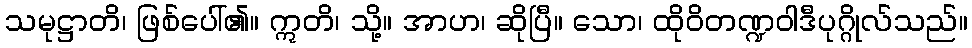
သမုဋ္ဌာတိ၊ ဖြစ်ပေါ်၏။ ဣတိ၊ သို့။ အာဟ၊ ဆိုပြီ။ သော၊ ထိုဝိတဏ္ဍဝါဒီပုဂ္ဂိုလ်သည်။